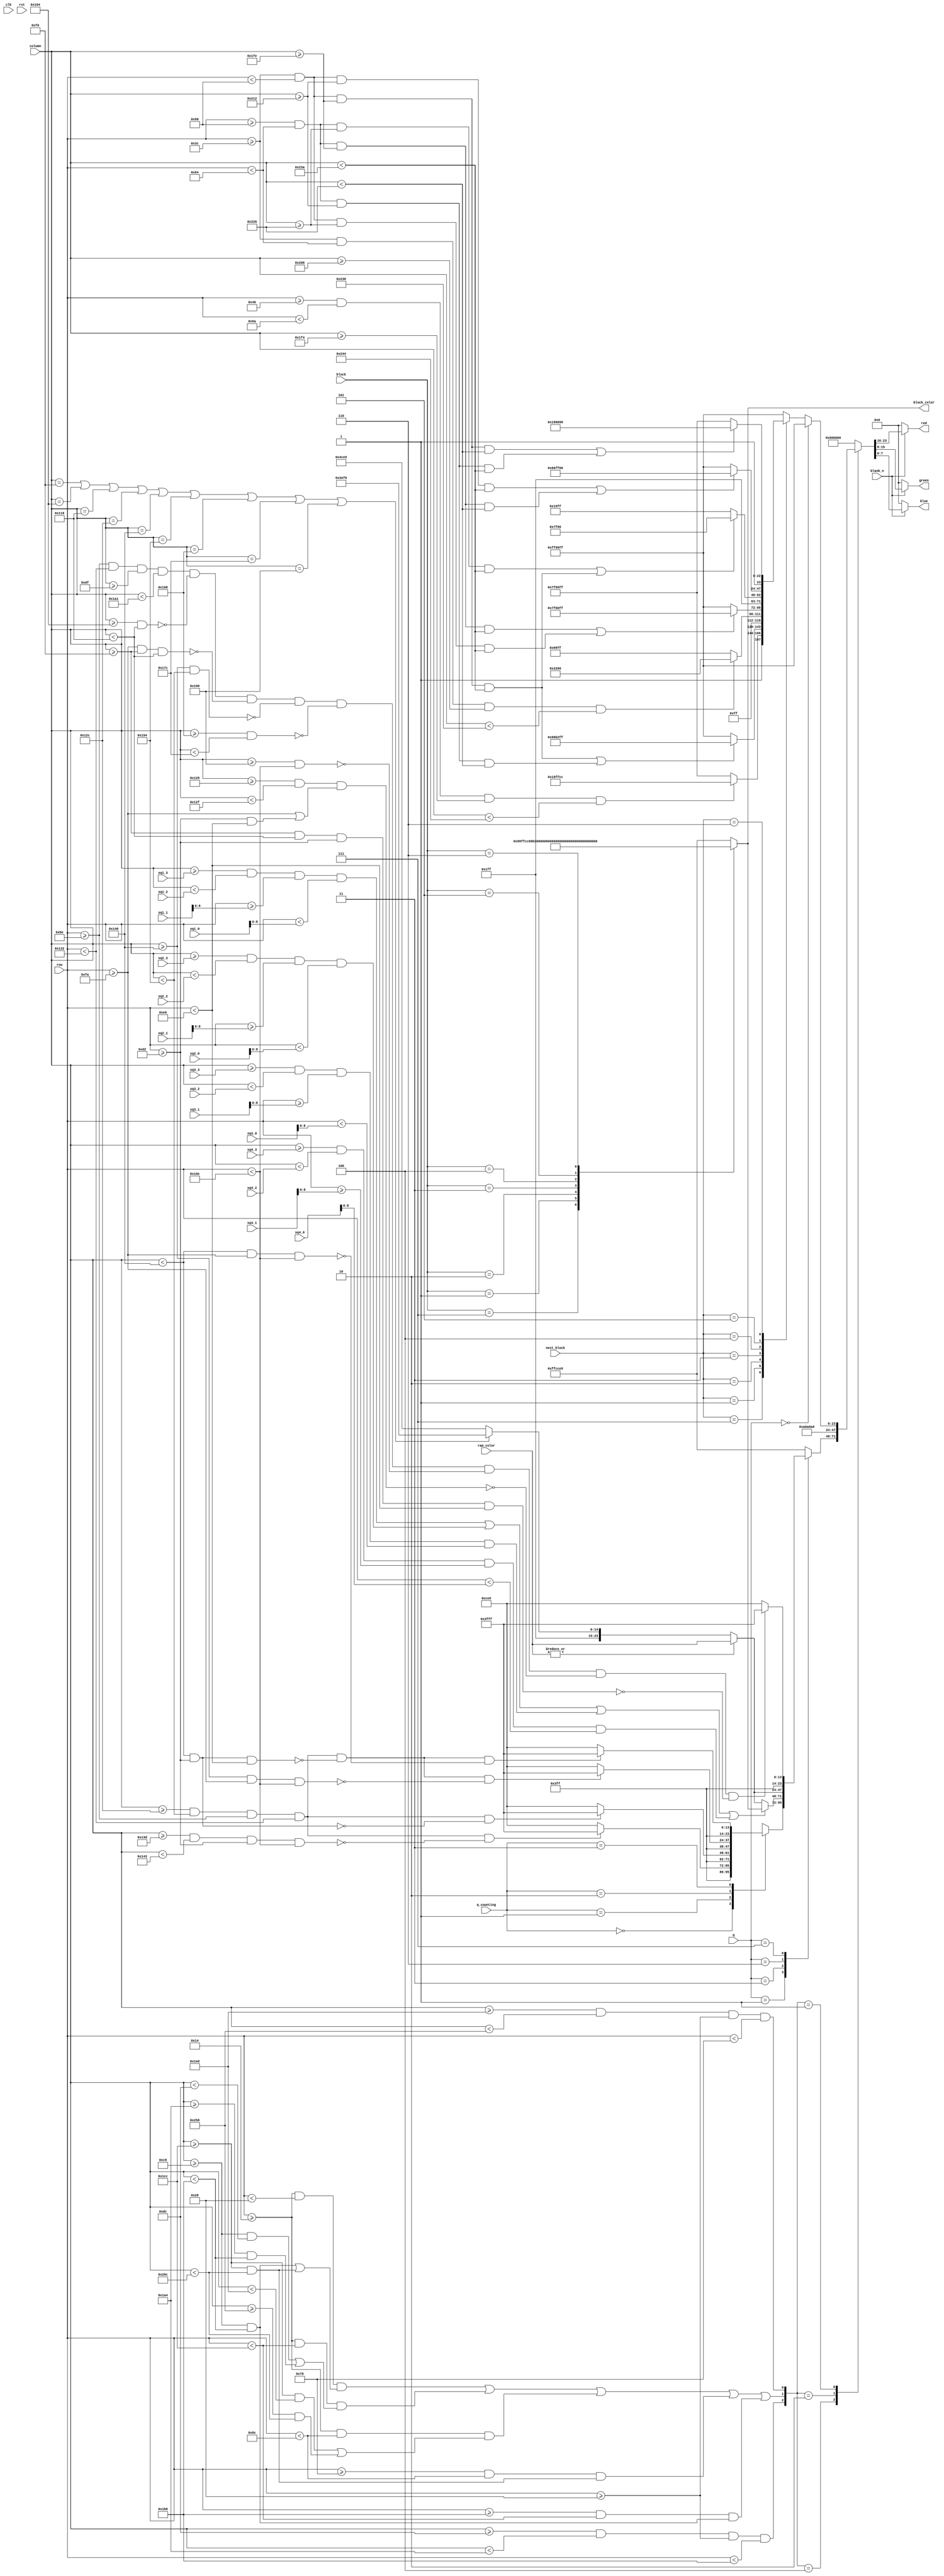
module color_generator (
    input clk, rst, blank_n,
    input [8:0] row,
    input [9:0] column,
    input [2:0] block,
    input [2:0] next_block,
    input [2:0] q,
    input [1:0] q_counting,
    input [23:0] ram_color,
    input [9:0] sq1_3, sq1_2, sq1_1, sq1_0, sq2_3, sq2_2, sq2_1, sq2_0, 
                sq3_3, sq3_2, sq3_1, sq3_0, sq4_3, sq4_2, sq4_1, sq4_0,
    output reg [23:0] block_color,
    output [7:0] red, green, blue
);

//=======================================================
//  REG/WIRE/PARAM declarations
//=======================================================


localparam [2:0] 	I = 3'b111, T = 3'b001, O = 3'b010, L = 3'b011,     // block types
                    J = 3'b100, S = 3'b101, Z = 3'b110;

localparam [23:0]   LIGHT_ROSE = {8'd255, 8'd204, 8'd229},              // colors
                    LIGHT_ROSE2 = {8'd255, 8'd190, 8'd240}, 
                    PURPLE = {8'd255, 8'd153, 8'd255},
                    LIGHT_GREY = {8'd160, 8'd160, 8'd160},
                    DARK_GREY = {8'd96, 8'd96, 8'd96},
                    MINTY = {8'd153, 8'd255, 8'd204},
                    BLUE = {8'd102, 8'd178, 8'd255},
                    PINK = {8'd255, 8'd51, 8'd153},
                    DARK_PURPLE = {8'd127, 8'd0, 8'd255},
                    YELLOW = {8'd255, 8'd255, 8'd102},
                    WHITE = {8'd255, 8'd255, 8'd255},
                    GREEN = {8'd102, 8'd255, 8'd102},
                    PLUM = {8'd153, 8'd0, 8'd153};

localparam [2:0]	START_SCREEN = 3'b000, COUNTING = 3'b001,           // game states
                    START_FALLING = 3'b010, FALLING = 3'b011, 
                    DISTROY_LINE = 3'b100, CLEAN = 3'b101, 
                    LINES_DOWN = 3'b110, FAIL = 3'b111;

reg [23:0] rgb;
wire [23:0] i_color, t_color, o_color, l_color, j_color, s_color, z_color;

wire frames;                                                            // screen elements
wire next_block_field;
wire board;
wire [2:0] pos = {board, frames, next_block_field};
localparam [2:0] BOARD = 3'b100, FRAME = 3'b010, NEXT_FIELD = 3'b001;

//=======================================================
//  Combinational logic
//=======================================================

assign i_color = MINTY;
assign t_color = BLUE;
assign o_color = PINK;
assign l_color = DARK_PURPLE;
assign j_color = YELLOW;
assign s_color = GREEN;
assign z_color = PLUM;

assign red = blank_n ? rgb [23:16] : 0;
assign green = blank_n ? rgb [15:8] : 0;
assign blue = blank_n ? rgb [7:0] : 0;

always @* case(block)

    I: block_color = i_color;
    T: block_color = t_color;
    O: block_color = o_color;
    L: block_color = l_color;
    J: block_color = j_color;
    S: block_color = s_color;
    Z: block_color = z_color;
    default: block_color = LIGHT_ROSE;

endcase

assign frames = row >= 9'd20 && row < 9'd40 && 
                    (column >= 10'd200 && column < 10'd440 || column >= 10'd460 && column < 10'd620)
                || row >= 9'd20 && row < 9'd460 && 
                    (column >= 10'd200 && column < 10'd220 || column >= 10'd420 && column < 10'd440)
                || row >= 9'd20 && row < 9'd140 && 
                    (column >= 10'd460 && column < 10'd480 || column >= 10'd600 && column < 10'd620)
                || row >= 9'd120 && row < 9'd140 && (column >= 10'd460 && column < 10'd620)
                || row >= 9'd440 && row < 9'd460 && (column >= 10'd200 && column < 10'd440);
assign board = column >= 10'd220 && column < 10'd420 && row >= 9'd40 && row < 9'd440;
assign next_block_field = column >= 10'd480 && column < 10'd600 && row >= 9'd40 && row < 9'd120;

always @* begin
    
    case(pos)

    BOARD:  begin
                case(q)

                COUNTING:   case(q_counting)

                            2'd0:   if  (column >= 10'd300 && column < 10'd340 && row >= 9'd190 && row < 9'd290
                                        && !(column >= 10'd317 && column < 10'd323 && row >= 9'd210 && row < 9'd270))
                                            rgb = WHITE;
                                    else rgb = LIGHT_ROSE;
                            2'd1:   if  (column >= 10'd300 && column < 10'd340 && row >= 9'd190 && row < 9'd290
                                        && !(column < 10'd320 && row >= 9'd210))
                                            rgb = WHITE;
                                    else rgb = LIGHT_ROSE;
                            2'd2:   if  (column >= 10'd300 && column < 10'd340 && row >= 9'd190 && row < 9'd290
                                        && !(column < 10'd320 && row >= 9'd210 && row < 9'd230)
                                        && !(column >= 10'd320 && row >= 9'd250 && row < 9'd270))
                                            rgb = WHITE;
                                    else rgb = LIGHT_ROSE;
                            2'd3:   if  (column >= 10'd300 && column < 10'd340 && row >= 9'd190 && row < 9'd290
                                        && !(column < 10'd320 && row >= 9'd210 && row < 9'd230)
                                        && !(column < 10'd320 && row >= 9'd250 && row < 9'd270))
                                            rgb = WHITE;
                                    else rgb = LIGHT_ROSE;

                            endcase

                FALLING :
                    if(column >= sq1_3 && column < sq1_2 && row >= sq1_1 [8:0] && row < sq1_0 [8:0]
                    || column >= sq2_3 && column < sq2_2 && row >= sq2_1 [8:0] && row < sq2_0 [8:0]
                    || column >= sq3_3 && column < sq3_2 && row >= sq3_1 [8:0] && row < sq3_0 [8:0]
                    || column >= sq4_3 && column < sq4_2 && row >= sq4_1 [8:0] && row < sq4_0 [8:0])
                        rgb = block_color;
                    else if(|ram_color)
                        rgb = ram_color;
                    else if (column == 10'd240 || column == 10'd260 || column == 10'd280
                            || column == 10'd300 || column == 10'd320 || column == 10'd340
                            || column == 10'd360 || column == 10'd380 || column == 10'd400)
                            rgb = LIGHT_ROSE2;
                    else rgb = LIGHT_ROSE;

                LINES_DOWN:
                    if(|ram_color)
                        rgb = ram_color;
                    else if (column == 10'd240 || column == 10'd260 || column == 10'd280
                            || column == 10'd300 || column == 10'd320 || column == 10'd340
                            || column == 10'd360 || column == 10'd380 || column == 10'd400)
                            rgb = LIGHT_ROSE2;
                    else rgb = LIGHT_ROSE;

                FAIL:
                    if(row >= 9'd190 && row < 9'd290 && column >= 10'd223 && column < 10'd417 && !(column >= 10'd260 && column < 10'd280)
                    && !(row >= 9'd250 && column >= 10'd240 && column < 10'd280)
                    && !(column >= 10'd320 && column < 10'd340)
                    && !(column >= 10'd360 && column < 10'd380)
                    && !(column >= 10'd400 && row < 9'd270)
                    && !(column >= 10'd297 && column < 10'd303 && (row >= 9'd250 || row >= 9'd210 && row < 9'd230))
                    && !(column >= 10'd240 && column < 10'd280 && row >= 9'd210 && row < 9'd230))
                        rgb = WHITE;
                    else rgb = LIGHT_ROSE;

                default: rgb = LIGHT_ROSE;
                
                endcase
            end

    FRAME: rgb = LIGHT_GREY;

    NEXT_FIELD: if(q == START_SCREEN) rgb = PURPLE;
                else case(next_block)

                I: rgb = (row >= 9'd70 && row < 9'd90 && column >= 10'd500 && column < 10'd580) ? i_color : PURPLE;
                T: rgb = (row >= 9'd60 && row < 9'd80 && column >= 10'd510 && column < 10'd570
                            || row >= 9'd80 && row < 9'd100 && column >= 10'd530 && column < 10'd550) ? t_color : PURPLE;
                O: rgb = (row >= 9'd60 && row < 9'd100 && column >= 10'd520 && column < 10'd560) ? o_color : PURPLE;
                L: rgb = (row >= 9'd80 && row < 9'd100 && column >= 10'd510 && column < 10'd570
                            || row >= 9'd60 && row < 9'd80 && column >= 10'd550 && column < 10'd570) ? l_color : PURPLE;
                J: rgb = (row >= 9'd80 && row < 9'd100 && column >= 10'd550 && column < 10'd570
                            || row >= 9'd60 && row < 9'd80 && column >= 10'd510 && column < 10'd570) ? j_color : PURPLE;
                S: rgb = (row >= 9'd60 && row < 9'd80 && column >= 10'd530 && column < 10'd570
                            || row >= 9'd80 && row < 9'd100 && column >= 10'd510 && column < 10'd550) ? s_color : PURPLE;
                Z: rgb = (row >= 9'd60 && row < 9'd80 && column >= 10'd510 && column < 10'd550
                            || row >= 9'd80 && row < 9'd100 && column >= 10'd530 && column < 10'd570) ? z_color : PURPLE;
                default: rgb = PURPLE;

                endcase

    default: rgb = DARK_GREY;

    endcase

end

endmodule